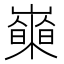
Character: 𡾍